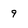
Character: 9